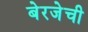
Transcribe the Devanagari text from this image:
बेरजेची